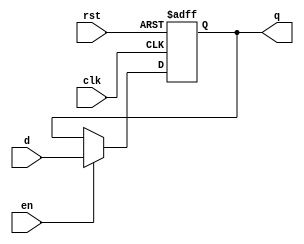
module pc #(parameter WIDTH=8)(

    input clk,en,rst,
    input [WIDTH-1:0] d,
    output reg [ WIDTH-1:0] q
    //mark the start point
);

    always @(posedge clk, posedge rst) begin
        if(rst) begin
            q <= 32'hbfbffffc;
        end
        else if(en) begin
            q <= d;
        end
    end
endmodule